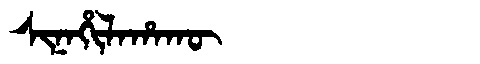
Manchu: ᠰᡳᠨᠠᡥᡳᠯᠠᡥᠠᡴᡡ
Romanization: SINAHILAHAKŪ